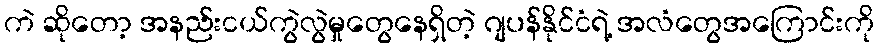
ကဲ ဆိုတော့ အနည်းငယ်ကွဲလွဲမှုတွေနေရှိတဲ့ ဂျပန်နိုင်ငံရဲ့ အလံတွေအကြောင်းကို